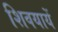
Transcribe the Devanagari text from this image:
शिवयायें